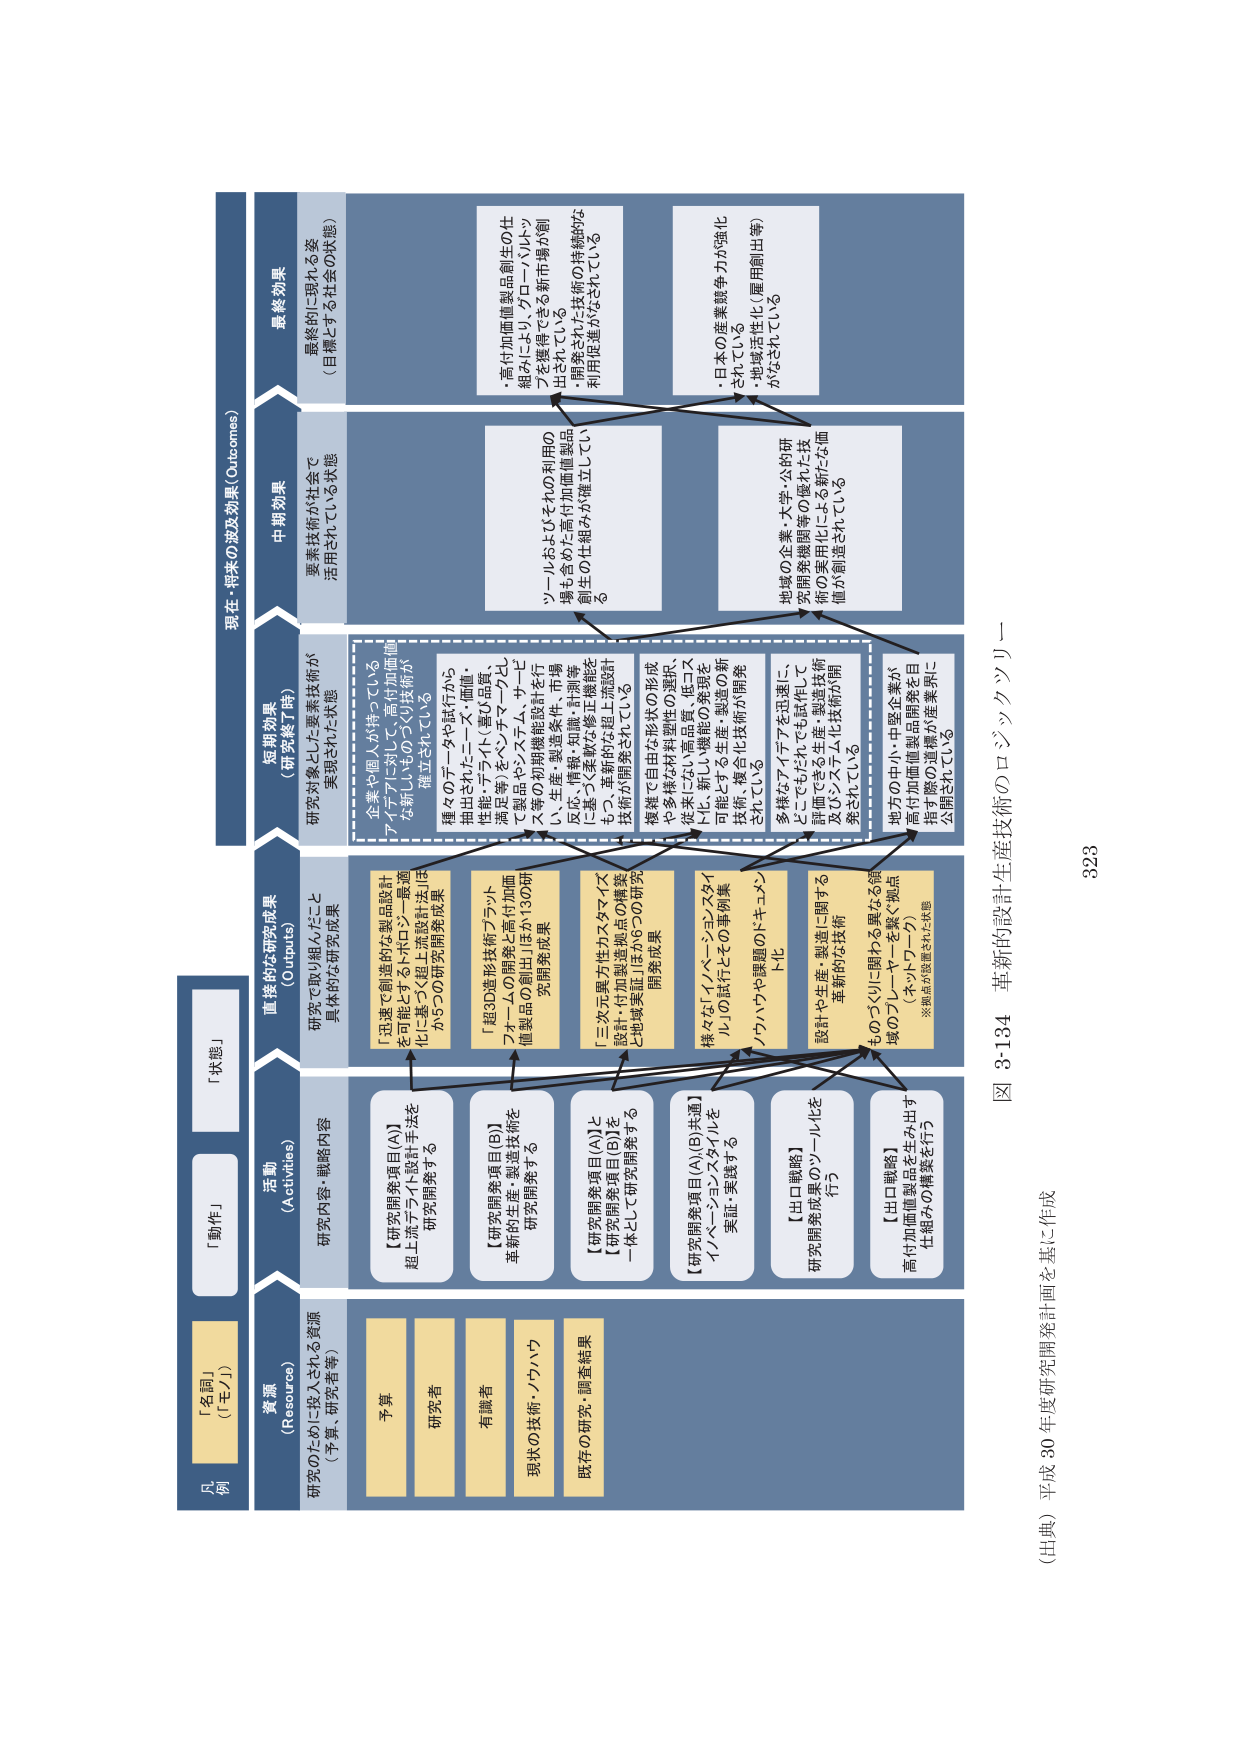
図 3-134 革新的設計生産技術のロジックツリー
（出典）平成30年度研究開発計画を基に作成

323

【名詞】
（「モノ」）

【動詞】
（「行為」）

【状態】

資源
（Resource）
研究のために投入される資源
（予算、研究者等）

活動
（Activities）
研究内容・戦略内容

直接的な研究成果
（Outputs）
研究で取り組んだこと
具体的な研究成果

短期効果
（研究終了時）
研究対象とした要素技術が
実現された状態

中期効果
要素技術が社会で
活用されている状態

最終効果
最終的に現れる姿
（目標とする社会の状態）

予算

研究者

有識者

現状の技術・ノウハウ

既存の研究・調査結果

【研究開発項目(A)】
超上流ライフ設計手法を
研究開発する

【研究開発項目(B)】
革新的生産・製造技術を
研究開発する

【研究開発項目(A)と
研究開発項目(B)を
一体として研究開発する】

【研究開発項目(A)(B)共通】
イノベーション・スタイルを
実証・実践する

【出口戦略】
研究開発成果のツール化を
行う

【出口戦略】
高付加価値製品を生み出す
仕組みの構築を行う

「迅速で創造的な製品設計
を可能とするトポロジーデザイン
化に基づく超上流設計法」研
究開発成果

「超3D造形技術・フラット
フォームの開発・高付加価
値製品の創出」ほか130研
究開発成果

「三次元異方性カスタマイズ
設計・付加製造拠点の構築
と地域実証」ほか9つの研究
開発成果

様々な「イノベーション・スタイ
ル」の試行とその事例集

ノウハウや課題のドキュメン
ト化

設計や生産・製造に関する
革新的な技術

ものづくりに関わる異なる領
域のプレイヤーを繋ぐ拠点
（ネットワーク）
※拠点が設置された状態

企業や個人が持っている
アイデアに対して、高付加価値
な新しいものづくり技術が
確立されている

種々のデータや試行から
抽出されたニーズ・価値・
性能・プラットフォーム、
機能等をベンチマークし、
製品やシステム、サービ
ス等の初期機能設計を行
い、生産・製造条件、市場
反応、情報・知識・計測等
も含めた高付加価値製品
の創生の仕組みが確立してい
る

複雑で自由な形状の形成
や多様な材料理性の選択、
従来にない高品質・低コス
ト化、新しい機能の実現を
可能とする生産・製造の新
技術・複合化技術が開発
されている

多様なアイデアを迅速に、
どこでもたれても試作して
評価できる生産・製造技術
及びシステム化技術が開
発されている

地方の中・小・中堅企業が
高付加価値製品開発を目
指す際の道標が産業界に
公開されている

・高付加価値製品創生の仕
組みにより、プロダクト/ソ
リューションが市場に創
出されている
・開発された技術の持続的な
利用促進がなされている

・日本の産業競争力が強化
されている
・地域活性化（雇用創出等）
がなされている